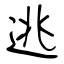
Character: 逃